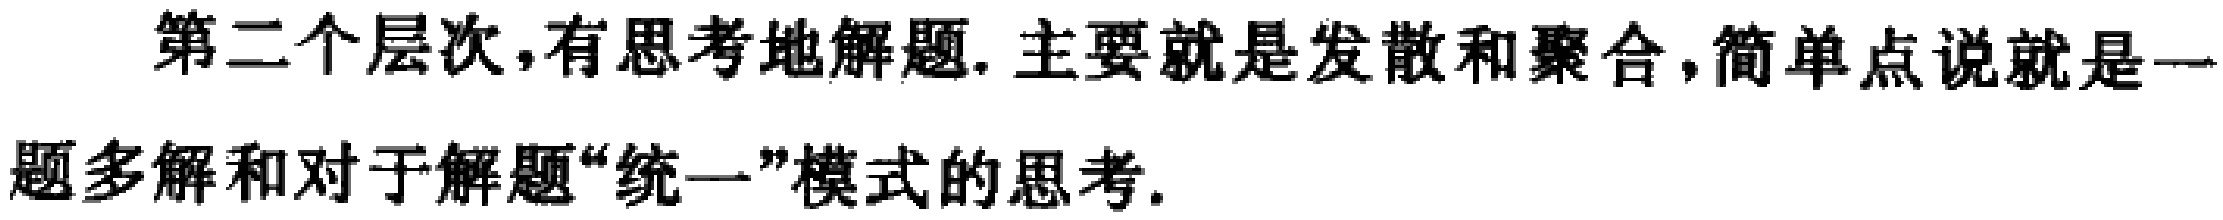
第二个层次,有思考地解题. 主要就是发散和聚合,简单点说就是一题多解和对于解题“统一”模式的思考.